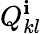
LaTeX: Q_{kl}^{\mathbf{i}}